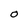
Character: 0